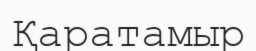
Қаратамыр